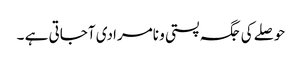
حوصلے کی جگہ پستی و نامرادی آجاتی ہے ۔